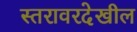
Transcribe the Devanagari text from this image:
स्तरावरदेखील